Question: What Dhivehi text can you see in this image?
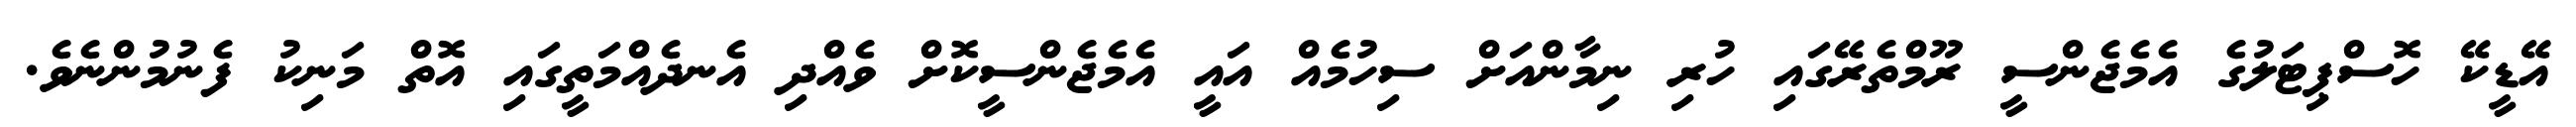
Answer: އޭޑީކޭ ހޮސްޕިޓަލުގެ އެމެޖެންސީ ރޫމްތެރޭގައި ހުރި ނިމާންއަށް ސިހުމެއް އައީ އެމެޖެންސީކޮށް ވެއްދި އެނދެއްމަތީގައި އޮތް މަނިކު ފެނުމުންނެވެ.